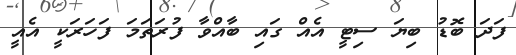
ފަދަ ބޮޑު ބިޔަ ސިޓީ އެއް ގައި ބާއްވާ ފުރަތަމަ ފަހަރަކީ އެއީ